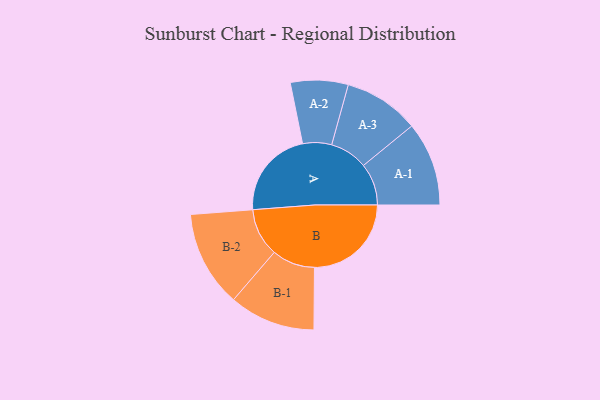
{"axis": {"x": "Segment", "y": "Value"}, "legend": ["", "A", "B"], "data": [{"x": "A", "y": 437, "type": ""}, {"x": "B", "y": 477, "type": ""}, {"x": "A-1", "y": 207, "type": "A"}, {"x": "A-2", "y": 142, "type": "A"}, {"x": "A-3", "y": 186, "type": "A"}, {"x": "B-1", "y": 212, "type": "B"}, {"x": "B-2", "y": 237, "type": "B"}]}